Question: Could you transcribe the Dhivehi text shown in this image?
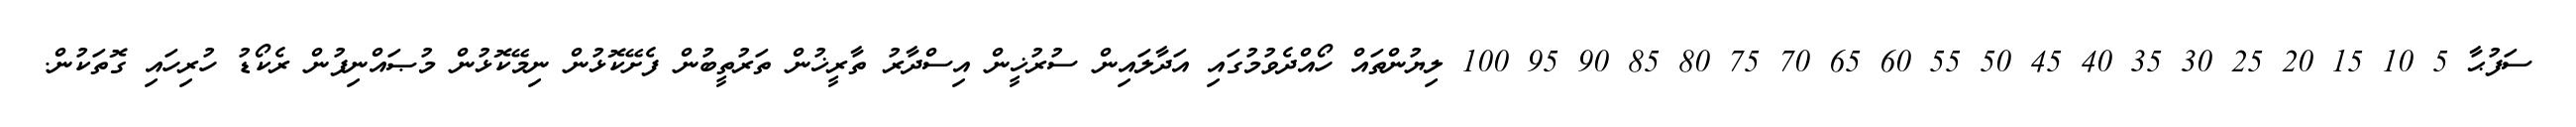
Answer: ސަފުޙާ 5 10 15 20 25 30 35 40 45 50 55 60 65 70 75 80 85 90 95 100 ލިޔުންތައް ހޯއްދެވުމުގައި އަދާލައިން ސުރުޚީން އިސްދާރު ތާރީޚުން ތަރުތީބުން ފެށޭކޮޅުން ނިމޭކޮޅުން މުޞައްނިފުން ރެކޯޑު ހުރިހައި ގޮތަކުން.